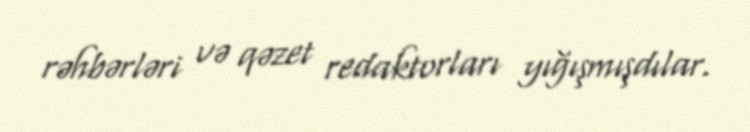
rəhbərləri və qəzet redaktorları yığışmışdılar.